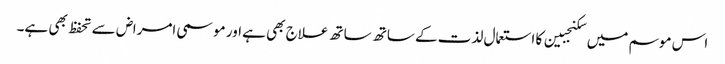
اس موسم میں سکنجبین کا استعمال لذت کے ساتھ ساتھ علاج بھی ہے اور موسمی امراض سے تحفظ بھی ہے۔